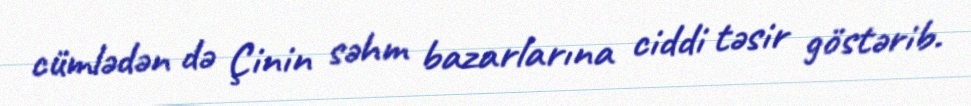
cümlədən də Çinin səhm bazarlarına ciddi təsir göstərib.